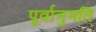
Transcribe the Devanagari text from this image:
पूर्वानुमति